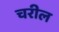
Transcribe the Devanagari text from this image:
चरील